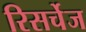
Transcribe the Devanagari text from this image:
रिसर्चेज